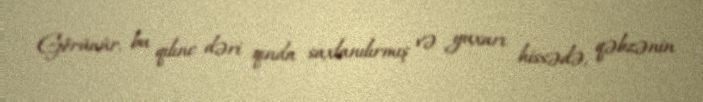
Görünür, bu qılınc dəri qında saxlanılırmış və yuxarı hissədə, qəbzənin